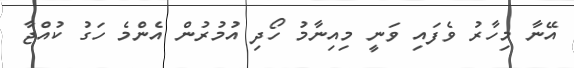
އޭނާ މިހާރު ވެފައި ވަނީ މިއިނާމު ހޯދި އުމުރުން އެންމެ ހަގު ކުއްޖާ